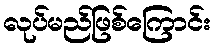
လုပ်မည်ဖြစ်ကြောင်း